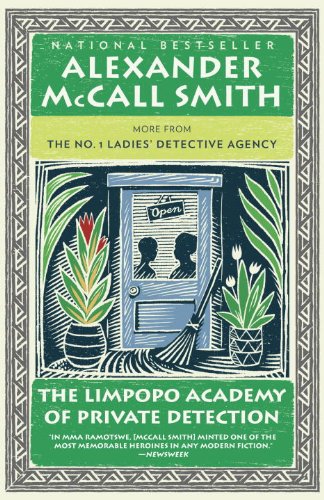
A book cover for The Limpopo Academy of Private Detection (No. 1 Ladies' Detective Agency Series); Alexander McCall Smith; Literature & Fiction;